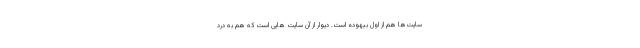
سایت‌ها هم از اول بیهوده است. دیوار از آن سایت هایی است که هم به درد